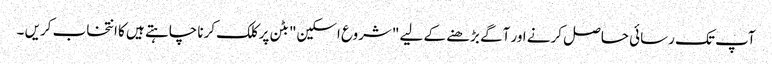
آپ تک رسائی حاصل کرنے اور آگے بڑھنے کے لیے "شروع اسکین" بٹن پر کلک کرنا چاہتے ہیں کا انتخاب کریں ۔